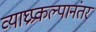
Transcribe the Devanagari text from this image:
व्याघ्रप्रकल्पानंतर